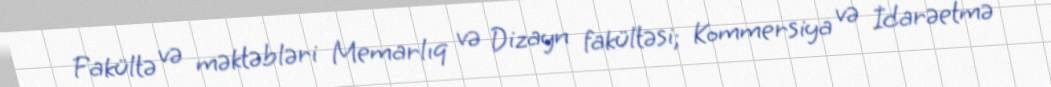
Fakültə və məktəbləri Memarlıq və Dizayn fakültəsi; Kommersiya və İdarəetmə